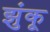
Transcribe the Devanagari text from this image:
झुंकू